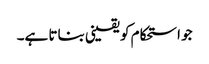
جو استحکام کو یقینی بناتا ہے۔